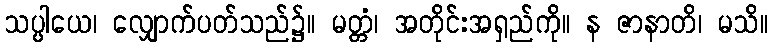
သပ္ပါယေ၊ လျှောက်ပတ်သည်၌။ မတ္တံ၊ အတိုင်းအရှည်ကို။ န ဇာနာတိ၊ မသိ။